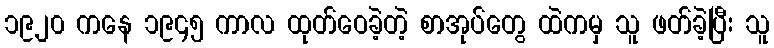
၁၉၂၀ ကနေ ၁၉၄၅ ကာလ ထုတ်ဝေခဲ့တဲ့ စာအုပ်တွေ ထဲကမှ သူ ဖတ်ခဲ့ပြီး သူ